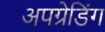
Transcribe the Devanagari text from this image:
अपग्रेडिंग